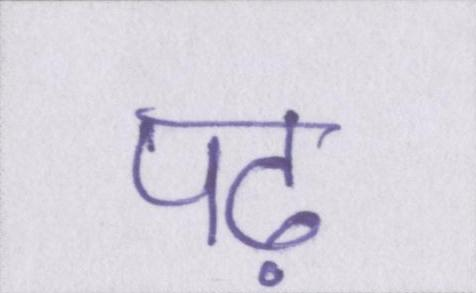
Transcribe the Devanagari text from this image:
पढ़